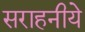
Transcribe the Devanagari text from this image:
सराहनीये